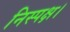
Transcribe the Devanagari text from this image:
निस्पक्ष।